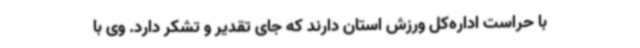
با حراست اداره‌کل ورزش استان دارند که جای تقدیر و تشکر دارد. وی با